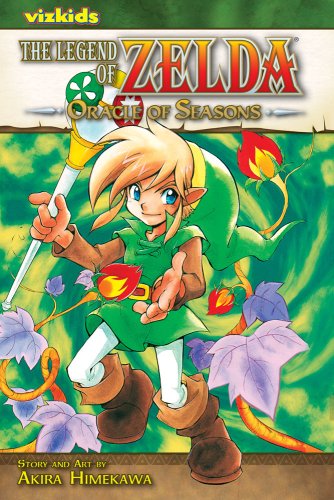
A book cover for The Legend of Zelda, Vol. 4: Oracle of Seasons; Akira Himekawa; Comics & Graphic Novels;